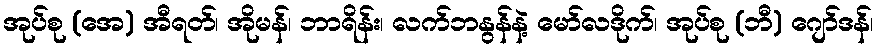
အုပ်စု (အေ) အီရတ်၊ အိုမန်၊ ဘာရိန်း၊ လက်ဘနွန်နဲ့ မော်လဒိုက်၊ အုပ်စု (ဘီ) ဂျော်ဒန်၊